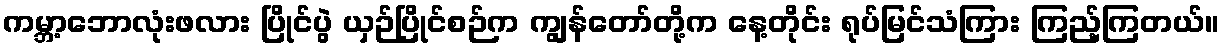
ကမ္ဘာ့ဘောလုံးဖလား ပြိုင်ပွဲ ယှဉ်ပြိုင်စဉ်က ကျွန်တော်တို့က နေ့တိုင်း ရုပ်မြင်သံကြား ကြည့်ကြတယ်။